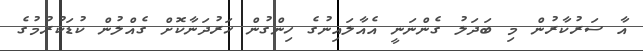
އާ ސަރުކާރުން މި ބަދަލު ގެންނަނީ އެއާލަައިނުގެ ހިންގުން ހަރުދަނާކޮށް ގެއްލުން ކުޑަކުރުމުގެ